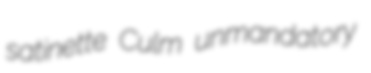
satinette Culm unmandatory